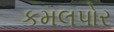
કમલપોર